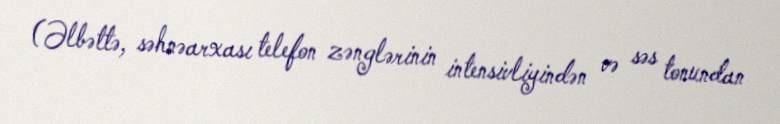
(Əlbəttə, səhnəarxası telefon zənglərinin intensivliyindən və səs tonundan